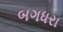
બગધરા